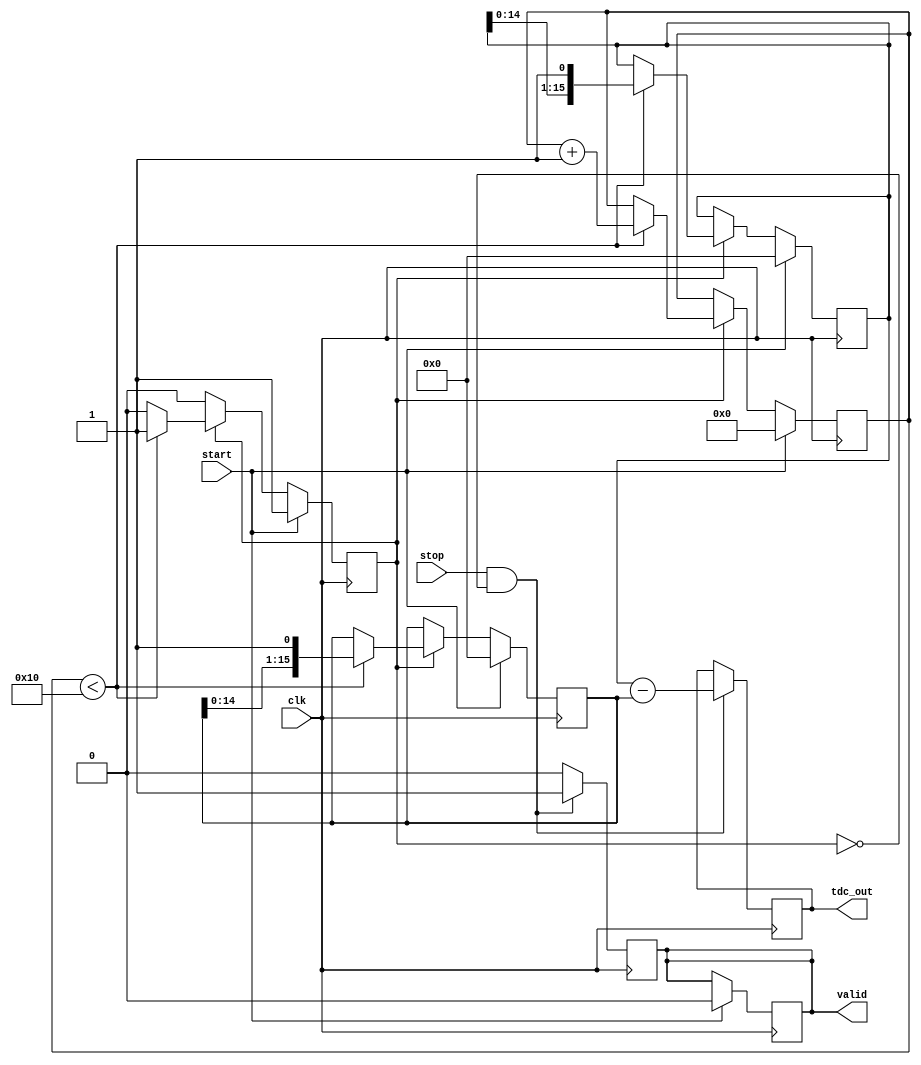
module TDC_Vernier_Delay_Line (
    input wire clk,            // System clock
    input wire start,          // Start signal
    input wire stop,           // Stop signal
    output reg [15:0] tdc_out, // Output time measurement
    output reg valid           // Output valid signal
);

    // Parameters for delay increments (in terms of clock cycles)
    parameter DELAY_A = 1;    // Delay increment for Delay Line A (1 ns)
    parameter DELAY_B = 1;    // Delay increment for Delay Line B (0.9 ns)
    parameter MAX_DELAY = 16;  // Maximum number of delay stages

    // Delay line registers
    reg [MAX_DELAY-1:0] delay_line_a;
    reg [MAX_DELAY-1:0] delay_line_b;

    // Control signals
    reg measuring;
    reg [3:0] count;          // Counter for delay stages

    // State machine for TDC operation
    always @(posedge clk) begin
        if (start) begin
            // Reset delay lines and start measuring
            delay_line_a <= 0;
            delay_line_b <= 0;
            measuring <= 1;
            count <= 0;
            valid <= 0;
        end else if (measuring) begin
            // Increment delay lines based on clock cycles
            if (count < MAX_DELAY) begin
                delay_line_a <= {delay_line_a[MAX_DELAY-2:0], 1'b1}; // Shift in a '1' for Delay Line A
                delay_line_b <= {delay_line_b[MAX_DELAY-2:0], 1'b1}; // Shift in a '1' for Delay Line B
                count <= count + 1;
            end else begin
                measuring <= 0; // Stop measuring after MAX_DELAY
            end
        end
    end

    // Capture output on stop signal
    always @(posedge clk) begin
        if (stop && measuring == 0) begin
            // Calculate the time difference based on delay line states
            tdc_out <= (delay_line_a - delay_line_b);
            valid <= 1; // Indicate valid output
        end else if (valid) begin
            valid <= 0; // Reset valid signal after reading
        end
    end

endmodule